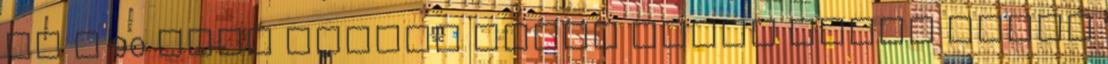
el a 90 éves Marika nénit HELYI HÍREK Véget